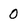
Character: 0